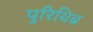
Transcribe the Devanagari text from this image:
पुरिथिब